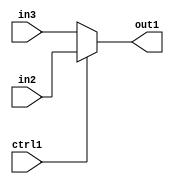
`timescale 1ps / 1ps
/*****************************************************************************
    Verilog RTL Description
    
    
    Created by: CellMath Designer 2019.1.01 
*******************************************************************************/

module fp_cmp_N_Mux_23_2_7_4_1 (
	in3,
	in2,
	ctrl1,
	out1
	); /* architecture "behavioural" */ 
input [22:0] in3,
	in2;
input  ctrl1;
output [22:0] out1;
wire [22:0] asc001;

reg [22:0] asc001_tmp_0;
assign asc001 = asc001_tmp_0;
always @ (ctrl1 or in2 or in3) begin
	case (ctrl1)
		1'B1 : asc001_tmp_0 = in2 ;
		default : asc001_tmp_0 = in3 ;
	endcase
end

assign out1 = asc001;
endmodule

/* CADENCE  uLT4SQo= : u9/ySgnWtBlWxVPRXgAZ4Og= ** DO NOT EDIT THIS LINE ******/